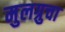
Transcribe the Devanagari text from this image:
मुलग्रुचा